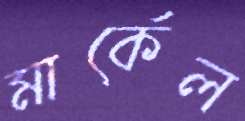
মার্কেল